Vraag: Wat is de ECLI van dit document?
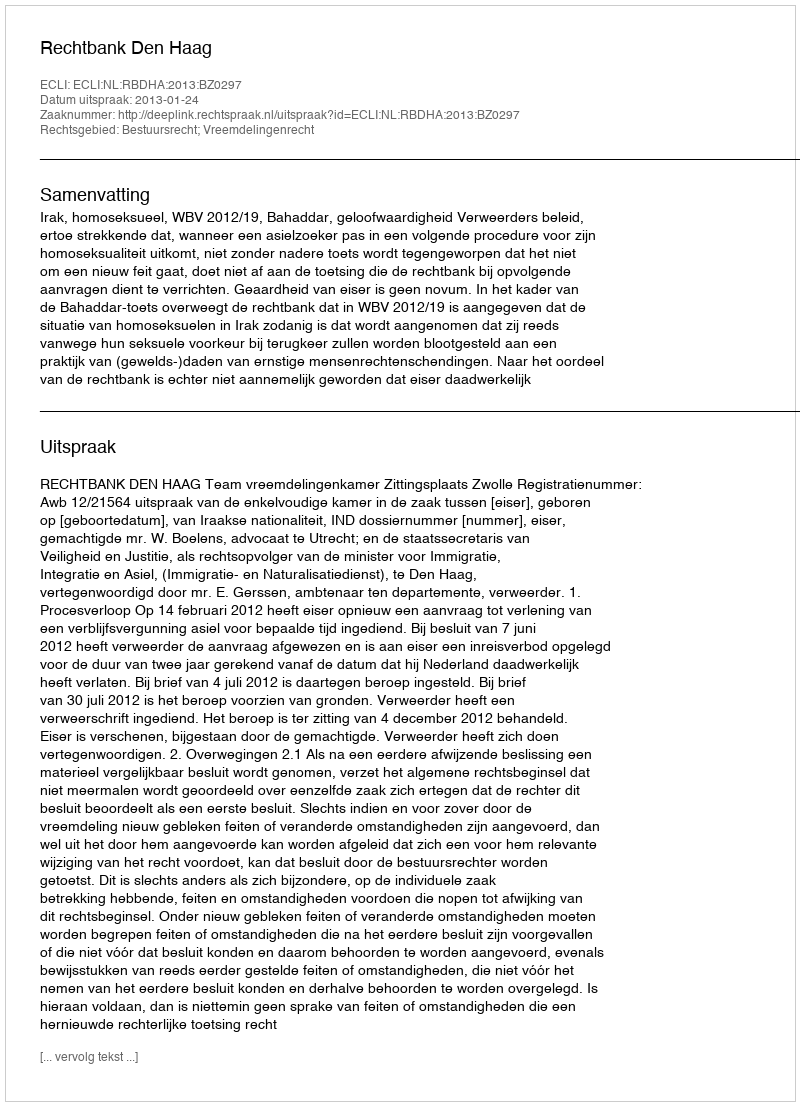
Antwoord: ECLI:NL:RBDHA:2013:BZ0297